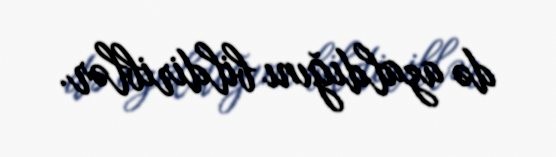
də azaldığını bildiriblər.